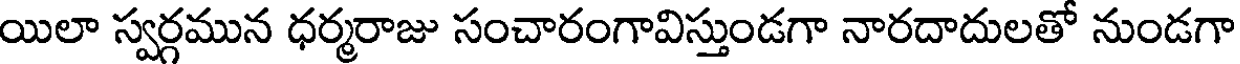
యిలా స్వర్గమున ధర్మరాజు సంచారంగావిస్తుండగా నారదాదులతో నుండగా